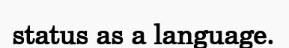
status as a language.